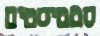
סטטיסטים